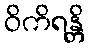
ဝိကိရန္တိ